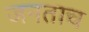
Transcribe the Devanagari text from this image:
जनताच